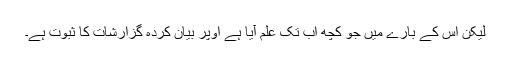
لیکن اس کے بارے میں جو کچھ اب تک علم آیا ہے اوپر بیان کردہ گزارشات کا ثبوت ہے۔